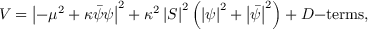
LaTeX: V = \left| - \mu ^ { 2 } + \kappa \bar { \psi } \psi \right| ^ { 2 } + \kappa ^ { 2 } \left| S \right| ^ { 2 } \left( \left| \psi \right| ^ { 2 } + \left| \bar { \psi } \right| ^ { 2 } \right) + D \mathrm { - t e r m s } ,